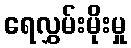
ရေလွှမ်းမိုးမှု